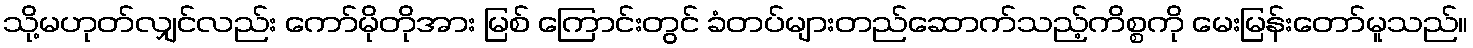
သို့မဟုတ်လျှင်လည်း ကော်မိုတိုအား မြစ် ကြောင်းတွင် ခံတပ်များတည်ဆောက်သည့်ကိစ္စကို မေးမြန်းတော်မူသည်။